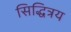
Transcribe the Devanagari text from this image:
सिद्धित्रय